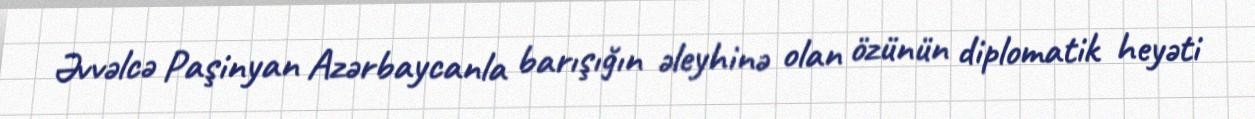
Əvvəlcə Paşinyan Azərbaycanla barışığın əleyhinə olan özünün diplomatik heyəti